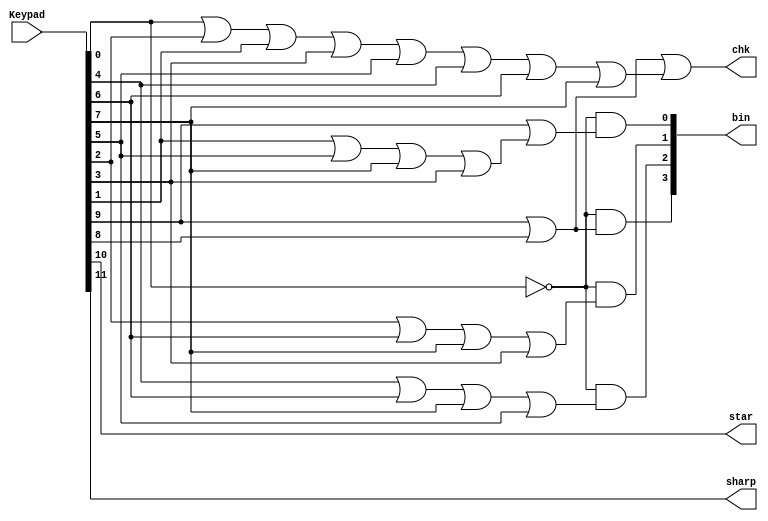
// Copyright (C) 2020  Intel Corporation. All rights reserved.
// Your use of Intel Corporation's design tools, logic functions 
// and other software and tools, and any partner logic 
// functions, and any output files from any of the foregoing 
// (including device programming or simulation files), and any 
// associated documentation or information are expressly subject 
// to the terms and conditions of the Intel Program License 
// Subscription Agreement, the Intel Quartus Prime License Agreement,
// the Intel FPGA IP License Agreement, or other applicable license
// agreement, including, without limitation, that your use is for
// the sole purpose of programming logic devices manufactured by
// Intel and sold by Intel or its authorized distributors.  Please
// refer to the applicable agreement for further details, at
// https://fpgasoftware.intel.com/eula.

// PROGRAM		"Quartus Prime"
// VERSION		"Version 20.1.1 Build 720 11/11/2020 SJ Lite Edition"
// CREATED		"Tue Dec 21 11:06:28 2021"

module Decimal_to_binary(
	Keypad,
	chk,
	star,
	sharp,
	bin
);


input wire	[11:0] Keypad;
output wire	chk;
output wire	star;
output wire	sharp;
output wire	[3:0] bin;

wire	[3:0] Bin_ALTERA_SYNTHESIZED;
wire	SYNTHESIZED_WIRE_0;
wire	SYNTHESIZED_WIRE_1;
wire	SYNTHESIZED_WIRE_11;
wire	SYNTHESIZED_WIRE_3;
wire	SYNTHESIZED_WIRE_5;
wire	SYNTHESIZED_WIRE_7;
wire	SYNTHESIZED_WIRE_9;
wire	SYNTHESIZED_WIRE_10;

assign	star = Keypad[10];
assign	sharp = Keypad[11];



assign	SYNTHESIZED_WIRE_7 = Keypad[4] | Keypad[6] | Keypad[7] | Keypad[5];

assign	SYNTHESIZED_WIRE_5 = Keypad[2] | Keypad[6] | Keypad[7] | Keypad[3];

assign	SYNTHESIZED_WIRE_1 = Keypad[0] | Keypad[2] | Keypad[1] | Keypad[3] | Keypad[5] | Keypad[4] | Keypad[6] | Keypad[7];

assign	SYNTHESIZED_WIRE_10 = Keypad[1] | Keypad[5] | Keypad[7] | Keypad[3];

assign	chk = SYNTHESIZED_WIRE_0 | SYNTHESIZED_WIRE_1;

assign	SYNTHESIZED_WIRE_0 = Keypad[9] | Keypad[8];

assign	SYNTHESIZED_WIRE_9 = Keypad[9] | Keypad[8];

assign	SYNTHESIZED_WIRE_11 =  ~Keypad[0];

assign	Bin_ALTERA_SYNTHESIZED[0] = SYNTHESIZED_WIRE_11 & SYNTHESIZED_WIRE_3;

assign	Bin_ALTERA_SYNTHESIZED[1] = SYNTHESIZED_WIRE_11 & SYNTHESIZED_WIRE_5;

assign	Bin_ALTERA_SYNTHESIZED[2] = SYNTHESIZED_WIRE_11 & SYNTHESIZED_WIRE_7;

assign	Bin_ALTERA_SYNTHESIZED[3] = SYNTHESIZED_WIRE_11 & SYNTHESIZED_WIRE_9;

assign	SYNTHESIZED_WIRE_3 = Keypad[9] | SYNTHESIZED_WIRE_10;

assign	bin = Bin_ALTERA_SYNTHESIZED;

endmodule